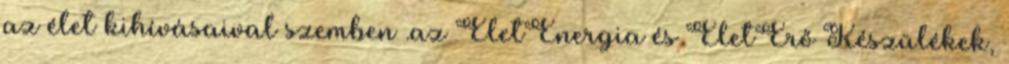
az élet kihívásaival szemben .az ÉletEnergia és ÉletErő Készülékek,